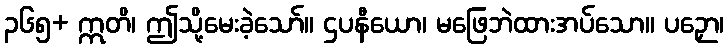
၃၆၅+ ဣတိ၊ ဤသို့မေးခဲ့သော်။ ဌပနီယော၊ မဖြေဘဲထားအပ်သော။ ပဉှော၊